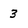
Character: 3